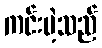
ကင်းမဲ့သည်